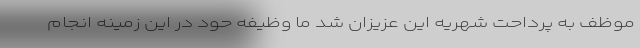
موظف به پرداحت شهریه این عزیزان شد ما وظیفه حود در این زمینه انجام